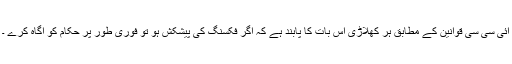
آئی سی سی قوانین کے مطابق ہر کھلاڑی اس بات کا پابند ہے کہ اگر فکسنگ کی پیشکش ہو تو فوری طور پر حکام کو آگاہ کرے ۔